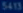
549